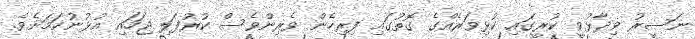
ނަސީރު ވިދާޅުވީ ކުރީގައި ކުޅިވަރެއްގެ ގޮތުގައި ފިރިހެން ވެރިންވެސް ކުރުފަލި ޖަހައި އުޅުނުކަމަށެވެ.